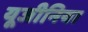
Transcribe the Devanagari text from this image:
यूजीनिया